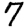
Digit: 7